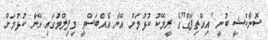
ސޮނާކްޝީ ބުނީ "އިއްތިފާގް"ގެ ރީމޭކު ކުޅުމަށް އޭނާ އެއްބަސްވީ މިފިލްމުގައި އޭނާ ކުޅުމަށް